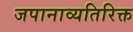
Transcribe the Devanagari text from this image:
जपानाव्यतिरिक्त